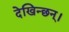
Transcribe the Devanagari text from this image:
देखिन्छन्।